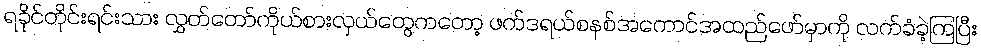
ရခိုင်တိုင်းရင်းသား လွှတ်တော်ကိုယ်စားလှယ်တွေကတော့ ဖက်ဒရယ်စနစ်အကောင်အထည်ဖော်မှာကို လက်ခံခဲ့ကြပြီး